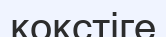
кокстіге